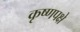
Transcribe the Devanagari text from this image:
कृष्णपक्षे